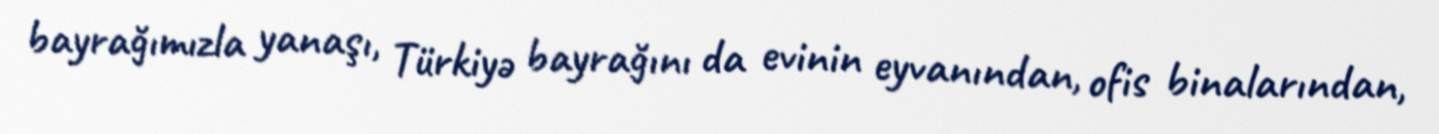
bayrağımızla yanaşı, Türkiyə bayrağını da evinin eyvanından, ofis binalarından,